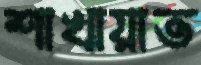
শাখায়াত